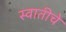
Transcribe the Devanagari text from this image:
स्वातीचे